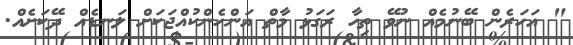
" އަހަރެން ބޭނުމެއް ނުވޭ ތިހާ ރަގަޅު މާތް އަންހެންކުއްޖަކަށް ލަނޑެއް ދޭކަށެއް.